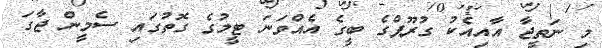
މި ނަތީޖާ އާއިއެކު ގުރޫޕްގެ ބީގެ އެއްވަނަ ޓީމުގެ ގޮތުގައި ސެމީން ޖާގަ